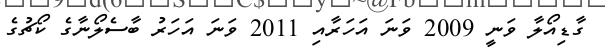
ގާޑިއޯލާ ވަނީ 2009 ވަނަ އަހަރާއި 2011 ވަނަ އަހަރު ބާސެލޯނާގެ ކޯޗުގެ